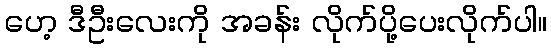
ဟေ့ ဒီဦးလေးကို အခန်း လိုက်ပို့ပေးလိုက်ပါ။